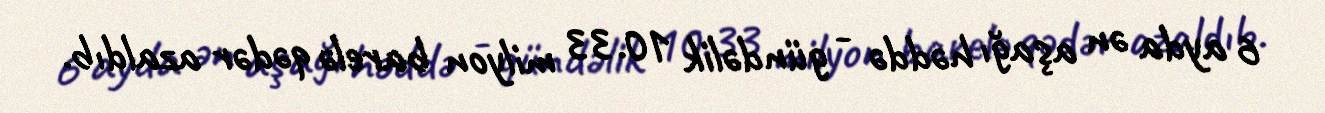
6 ayda ən aşağı həddə - gündəlik 10.33 milyon barelə qədər azaldıb.